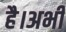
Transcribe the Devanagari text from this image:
है।अभी